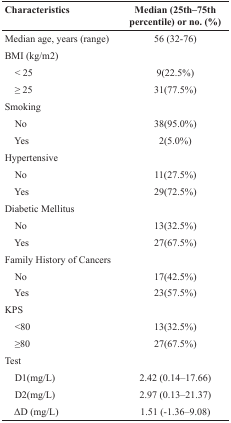
<table><thead><tr><td><b>Characteristics</b></td><td><b>Median (25th–75thpercentile) or no. (%)</b></td></tr></thead><tbody><tr><td>Median age, years (range)</td><td>56 (32-76)</td></tr><tr><td>BMI (kg/m2)</td><td></td></tr><tr><td> &lt; 25</td><td>9(22.5%)</td></tr><tr><td> ≥ 25</td><td>31(77.5%)</td></tr><tr><td>Smoking</td><td></td></tr><tr><td> No</td><td>38(95.0%)</td></tr><tr><td> Yes</td><td>2(5.0%)</td></tr><tr><td>Hypertensive</td><td></td></tr><tr><td> No</td><td>11(27.5%)</td></tr><tr><td> Yes</td><td>29(72.5%)</td></tr><tr><td>Diabetic Mellitus</td><td></td></tr><tr><td> No</td><td>13(32.5%)</td></tr><tr><td> Yes</td><td>27(67.5%)</td></tr><tr><td>Family History of Cancers</td><td></td></tr><tr><td> No</td><td>17(42.5%)</td></tr><tr><td> Yes</td><td>23(57.5%)</td></tr><tr><td>KPS</td><td></td></tr><tr><td> &lt;80</td><td>13(32.5%)</td></tr><tr><td> ≥80</td><td>27(67.5%)</td></tr><tr><td>Test</td><td></td></tr><tr><td> D1(mg/L)</td><td>2.42 (0.14–17.66)</td></tr><tr><td> D2(mg/L)</td><td>2.97 (0.13–21.37)</td></tr><tr><td> ΔD (mg/L)</td><td>1.51 (-1.36–9.08)</td></tr></tbody></table>